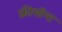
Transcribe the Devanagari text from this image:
फ्रीमॉन्‍ट